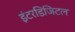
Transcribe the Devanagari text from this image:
इंटरडिजिटल